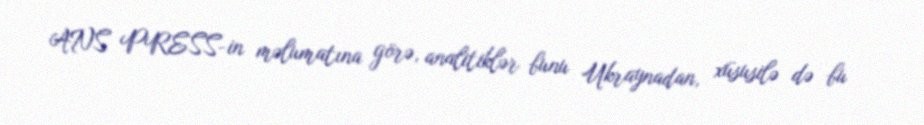
ANS PRESS-in məlumatına görə, analitiklər bunu Ukraynadan, xüsusilə də bu